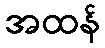
အထန်